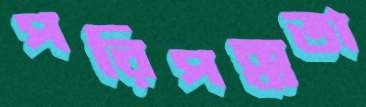
পরিপক্কতা